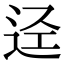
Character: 迳